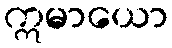
ဣမာယော